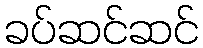
ခပ်ဆင်ဆင်